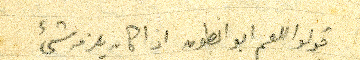
قولوا للعم ابو انطون اذا كان يلزمه شيء